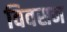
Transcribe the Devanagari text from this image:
विवसन